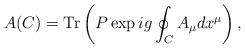
LaTeX: \begin{align*}A(C)= {\rm Tr} \left( P \exp ig \oint_C A_\mu dx^\mu \right),\end{align*}